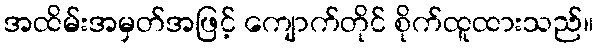
အထိမ်းအမှတ်အဖြင့် ကျောက်တိုင် စိုက်ထူထားသည်။